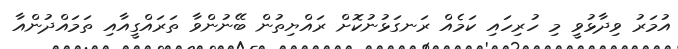
އުމަރު ވިދާޅުވީ މި ހުރިހައި ކަމެއް ރަނގަޅުނުކޮށް ރައްޔިތުން ބޭނުންވާ ތަރައްގީއާއި ތަމައްދުންއާ